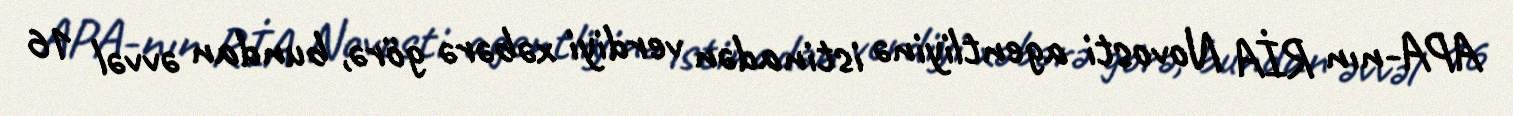
APA-nın RİA Novosti agentliyinə istinadən verdiyi xəbərə görə, bundan əvvəl 16